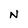
Character: N